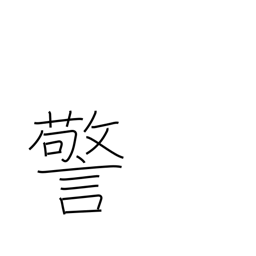
Meaning: commandment